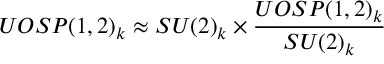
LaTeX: U O S P ( 1 , 2 ) _ { k } \approx S U ( 2 ) _ { k } \times { \frac { U O S P ( 1 , 2 ) _ { k } } { S U ( 2 ) _ { k } } }